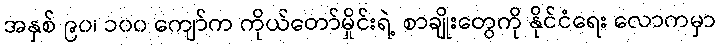
အနှစ် ၉၀၊ ၁၀၀ ကျော်က ကိုယ်တော်မှိုင်းရဲ့ စာချိုးတွေကို နိုင်ငံရေး လောကမှာ